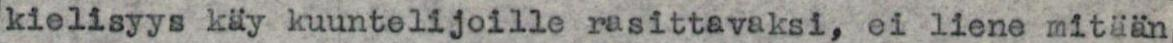
kielisyys käy kuuntelijoille rasittavaksi, ei liene mitään